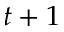
t + 1